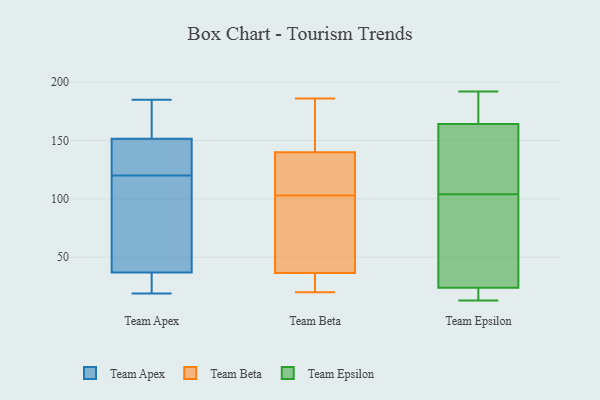
{"axis": {"x": "Satisfaction Score", "y": "Value"}, "legend": ["Team Apex", "Team Beta", "Team Epsilon"], "data": [{"x": "", "y": 185, "type": "Team Apex"}, {"x": "", "y": 81, "type": "Team Apex"}, {"x": "", "y": 179, "type": "Team Apex"}, {"x": "", "y": 156, "type": "Team Apex"}, {"x": "", "y": 41, "type": "Team Apex"}, {"x": "", "y": 19, "type": "Team Apex"}, {"x": "", "y": 136, "type": "Team Apex"}, {"x": "", "y": 21, "type": "Team Apex"}, {"x": "", "y": 121, "type": "Team Apex"}, {"x": "", "y": 147, "type": "Team Apex"}, {"x": "", "y": 178, "type": "Team Apex"}, {"x": "", "y": 128, "type": "Team Apex"}, {"x": "", "y": 119, "type": "Team Apex"}, {"x": "", "y": 88, "type": "Team Apex"}, {"x": "", "y": 28, "type": "Team Apex"}, {"x": "", "y": 38, "type": "Team Apex"}, {"x": "", "y": 135, "type": "Team Apex"}, {"x": "", "y": 180, "type": "Team Apex"}, {"x": "", "y": 35, "type": "Team Apex"}, {"x": "", "y": 36, "type": "Team Apex"}, {"x": "", "y": 20, "type": "Team Beta"}, {"x": "", "y": 21, "type": "Team Beta"}, {"x": "", "y": 59, "type": "Team Beta"}, {"x": "", "y": 186, "type": "Team Beta"}, {"x": "", "y": 153, "type": "Team Beta"}, {"x": "", "y": 103, "type": "Team Beta"}, {"x": "", "y": 160, "type": "Team Beta"}, {"x": "", "y": 111, "type": "Team Beta"}, {"x": "", "y": 29, "type": "Team Beta"}, {"x": "", "y": 125, "type": "Team Beta"}, {"x": "", "y": 131, "type": "Team Beta"}, {"x": "", "y": 97, "type": "Team Beta"}, {"x": "", "y": 143, "type": "Team Beta"}, {"x": "", "y": 59, "type": "Team Beta"}, {"x": "", "y": 22, "type": "Team Beta"}, {"x": "", "y": 177, "type": "Team Epsilon"}, {"x": "", "y": 156, "type": "Team Epsilon"}, {"x": "", "y": 42, "type": "Team Epsilon"}, {"x": "", "y": 13, "type": "Team Epsilon"}, {"x": "", "y": 25, "type": "Team Epsilon"}, {"x": "", "y": 185, "type": "Team Epsilon"}, {"x": "", "y": 104, "type": "Team Epsilon"}, {"x": "", "y": 192, "type": "Team Epsilon"}, {"x": "", "y": 20, "type": "Team Epsilon"}, {"x": "", "y": 38, "type": "Team Epsilon"}, {"x": "", "y": 160, "type": "Team Epsilon"}, {"x": "", "y": 17, "type": "Team Epsilon"}, {"x": "", "y": 137, "type": "Team Epsilon"}]}